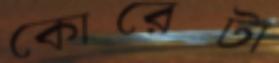
কোরেটা